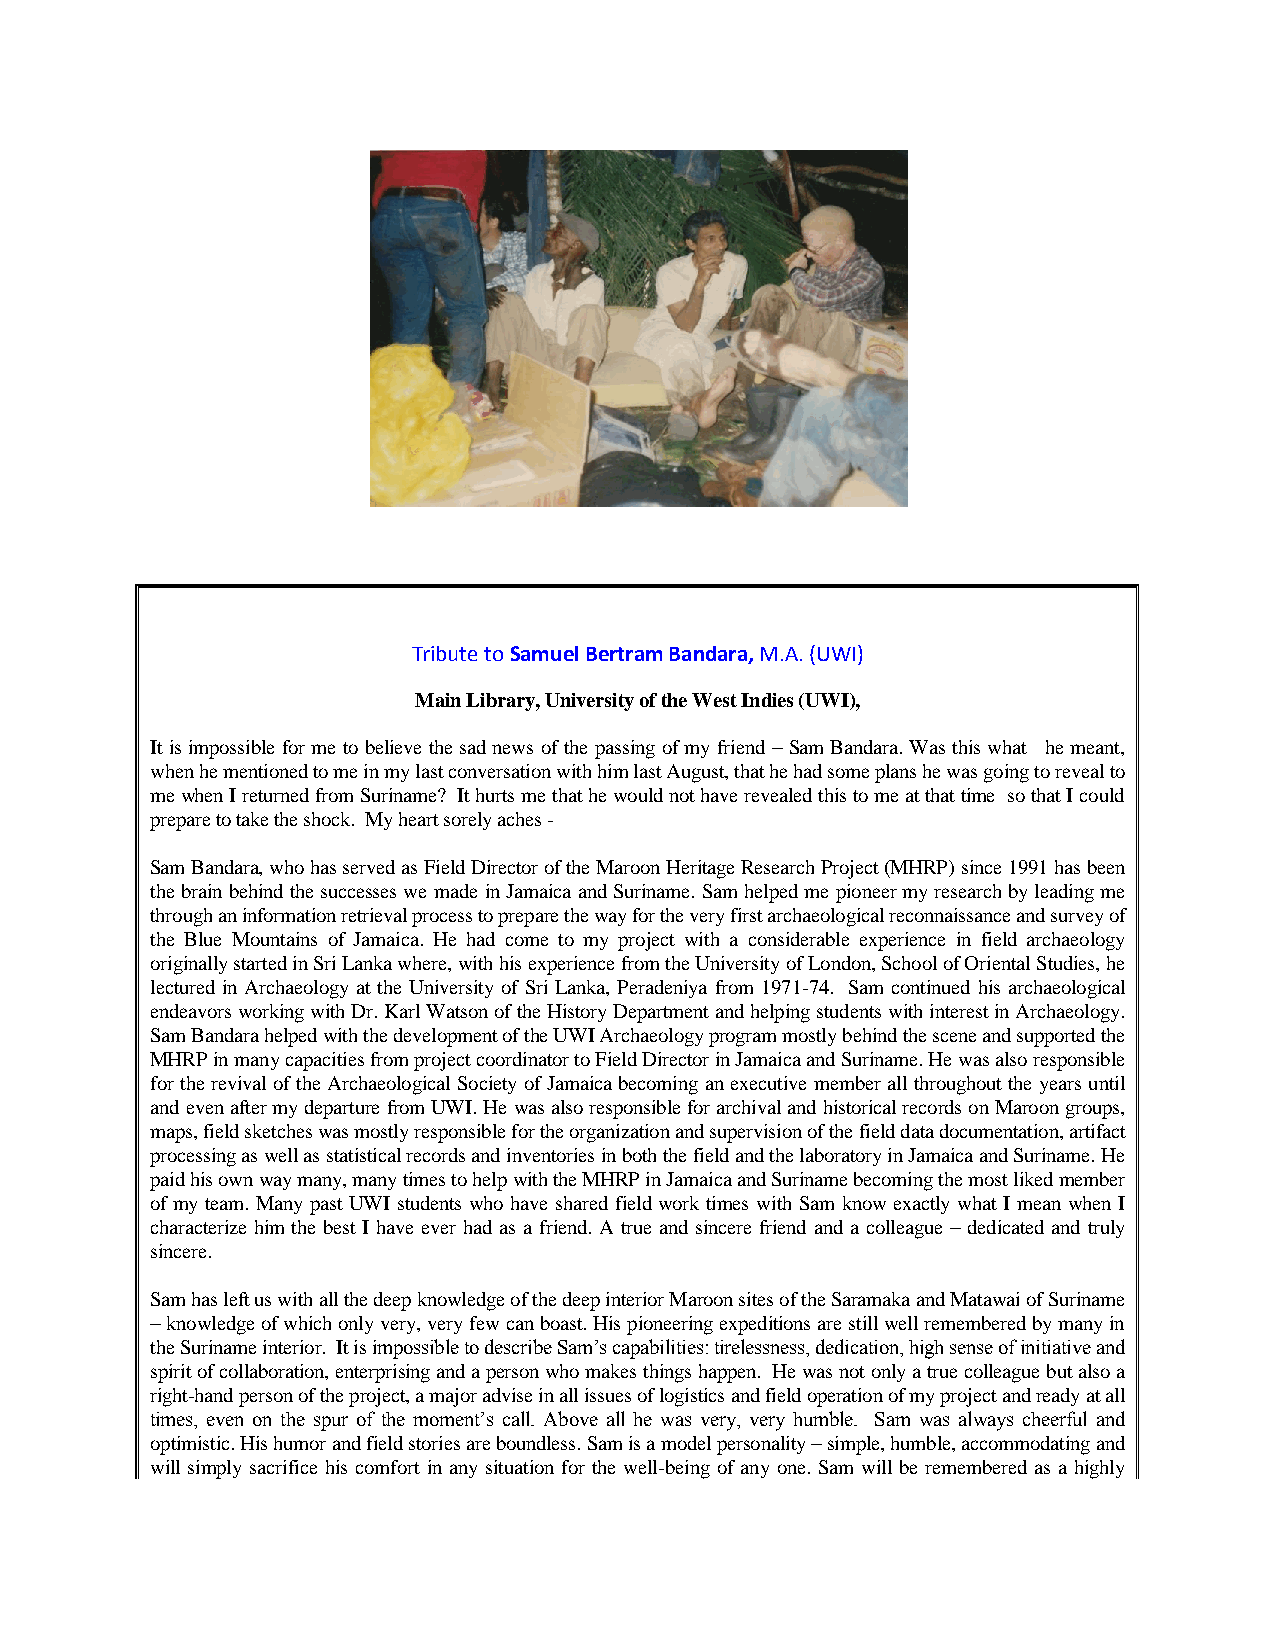
Tribute to Samuel Bertram Bandara, M.A. (UWI)
 Main Library, University of the West Indies (UWI),
 It is impossible for me to believe the sad news of the passing of my friend – Sam Bandara. Was this what he meant,
 when he mentioned to me in my last conversation with him last August, that he had some plans he was going to reveal to
 me when I returned from Suriname? It hurts me that he would not have revealed this to me at that time so that I could
 prepare to take the shock. My heart sorely aches -
 Sam Bandara, who has served as Field Director of the Maroon Heritage Research Project (MHRP) since 1991 has been
 the brain behind the successes we made in Jamaica and Suriname. Sam helped me pioneer my research by leading me
 through an information retrieval process to prepare the way for the very first archaeological reconnaissance and survey of
 the Blue Mountains of Jamaica. He had come to my project with a considerable experience in field archaeology
 originally started in Sri Lanka where, with his experience from the University of London, School of Oriental Studies, he
 lectured in Archaeology at the University of Sri Lanka, Peradeniya from 1971-74. Sam continued his archaeological
 endeavors working with Dr. Karl Watson of the History Department and helping students with interest in Archaeology.
 Sam Bandara helped with the development of the UWI Archaeology program mostly behind the scene and supported the
 MHRP in many capacities from project coordinator to Field Director in Jamaica and Suriname. He was also responsible
 for the revival of the Archaeological Society of Jamaica becoming an executive member all throughout the years until
 and even after my departure from UWI. He was also responsible for archival and historical records on Maroon groups,
 maps, field sketches was mostly responsible for the organization and supervision of the field data documentation, artifact
 processing as well as statistical records and inventories in both the field and the laboratory in Jamaica and Suriname. He
 paid his own way many, many times to help with the MHRP in Jamaica and Suriname becoming the most liked member
 of my team. Many past UWI students who have shared field work times with Sam know exactly what I mean when I
 characterize him the best I have ever had as a friend. A true and sincere friend and a colleague – dedicated and truly
 sincere.
 Sam has left us with all the deep knowledge of the deep interior Maroon sites of the Saramaka and Matawai of Suriname
 – knowledge of which only very, very few can boast. His pioneering expeditions are still well remembered by many in
 the Suriname interior. It is impossible to describe Sam’s capabilities: tirelessness, dedication, high sense of initiative and
 spirit of collaboration, enterprising and a person who makes things happen. He was not only a true colleague but also a
 right-hand person of the project, a major advise in all issues of logistics and field operation of my project and ready at all
 times, even on the spur of the moment’s call. Above all he was very, very humble. Sam was always cheerful and
 optimistic. His humor and field stories are boundless. Sam is a model personality – simple, humble, accommodating and
 will simply sacrifice his comfort in any situation for the well-being of any one. Sam will be remembered as a highly